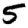
Digit: 5